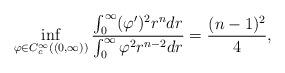
LaTeX: \begin{align*} \inf_{\varphi\in C^{\infty}_c((0,\infty))}\frac{\int_{0}^{\infty} (\varphi')^2r^{n}dr}{\int_{0}^{\infty} \varphi^2r^{n-2}dr}=\frac{(n-1)^2}{4},\end{align*}